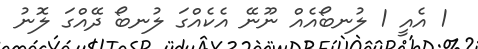
1 އެއީ 1 ލުނބޯއެއް ނޫނޭ އެކެއްގަ ލުނބޯ ދޭއްގަ ލޮނު